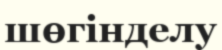
шөгінделу